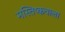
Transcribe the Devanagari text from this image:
मस्तिष्कवाला